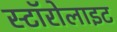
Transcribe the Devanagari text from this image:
स्टॉरोलाइट